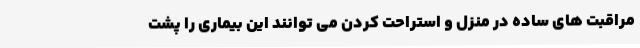
مراقبت های ساده در منزل و استراحت کردن می توانند این بیماری را پشت